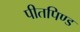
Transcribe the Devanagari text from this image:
पीतपिण्ड